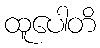
ထူပေါတိ